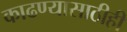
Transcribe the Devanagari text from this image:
काढण्यासाठीही